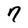
Character: 7